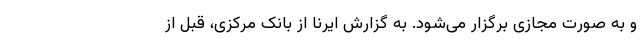
و به صورت مجازی برگزار می‌شود. به گزارش ایرنا از بانک مرکزی، قبل از